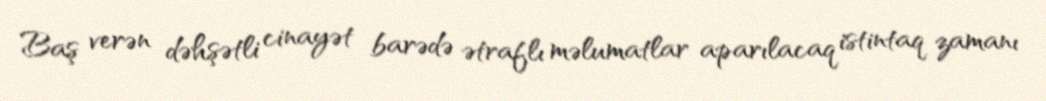
Baş verən dəhşətli cinayət barədə ətraflı məlumatlar aparılacaq istintaq zamanı